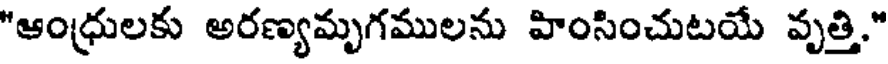
"ఆంధ్రులకు అరణ్యమృగములను హింసించుటయే వృత్తి."